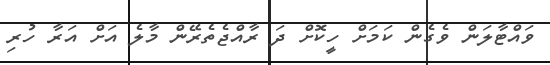
ވައްޓާލަން ވެގެން ކަމަށް ހީކޮށް ދަ ރާއްޖެތެރޭން މާލެ އަށް އަރާ ހުރި